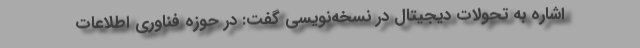
اشاره به تحولات دیجیتال در نسخه‌نویسی گفت: در حوزه فناوری اطلاعات